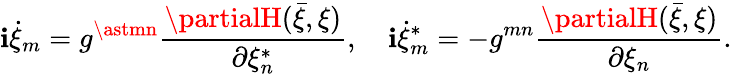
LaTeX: \mathbf{i}\dot{{\xi}}_{m}=g^{\astmn}\frac{{\partialH(\bar{{\xi}},\xi)}}{{\partial\xi_{n}^{\ast}}},\quad\mathbf{i}\dot{{\xi}}_{m}^{\ast}=-g^{mn}\frac{{\partialH(\bar{{\xi}},\xi)}}{{\partial\xi_{n}}}.